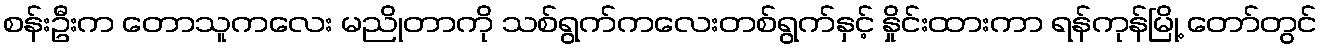
စန်းဦးက တောသူကလေး မညိုတာကို သစ်ရွက်ကလေးတစ်ရွက်နှင့် နှိုင်းထားကာ ရန်ကုန်မြို့ တော်တွင်